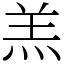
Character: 羔